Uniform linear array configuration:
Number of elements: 16
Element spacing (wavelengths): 0.25
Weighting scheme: hann
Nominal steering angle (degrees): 0
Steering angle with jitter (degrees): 0.008309
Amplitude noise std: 0.05
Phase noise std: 0.05

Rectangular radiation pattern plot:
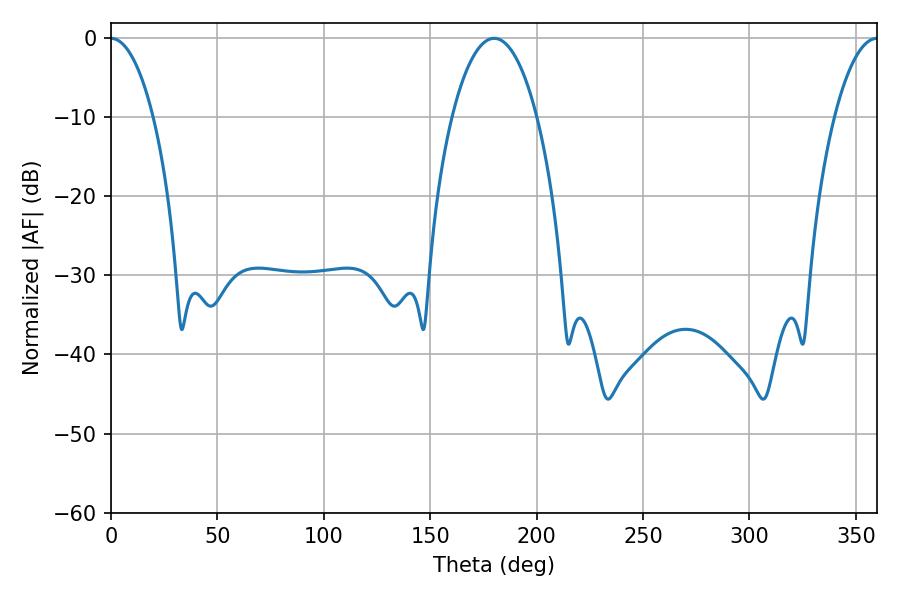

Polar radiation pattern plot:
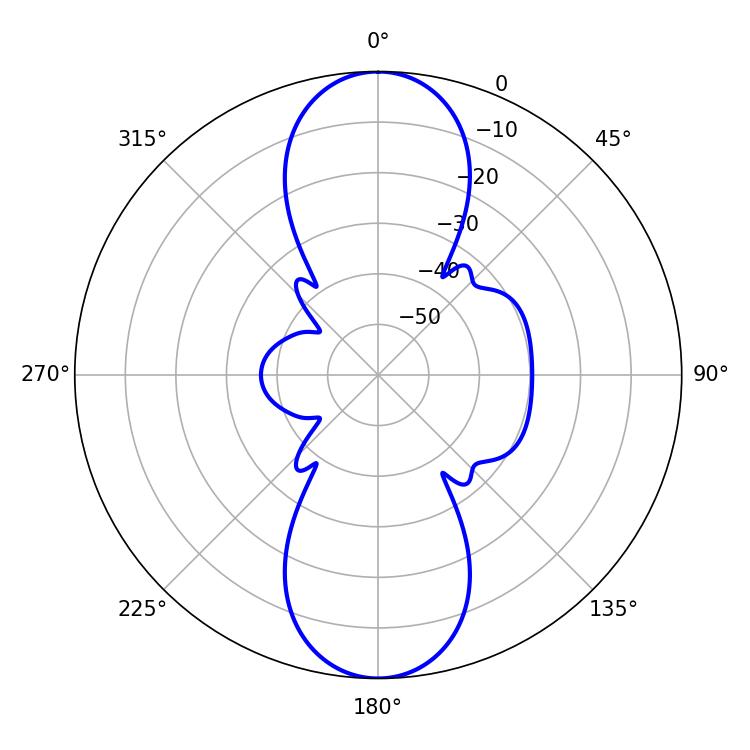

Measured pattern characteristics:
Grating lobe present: FALSE
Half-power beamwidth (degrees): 11.16
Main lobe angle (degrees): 360